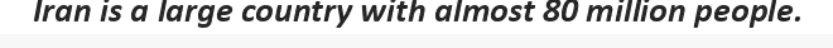
Iran is a large country with almost 80 million people.